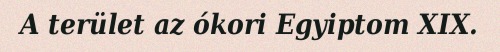
A terület az ókori Egyiptom XIX.